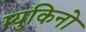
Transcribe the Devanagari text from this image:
म्युकिनो